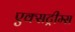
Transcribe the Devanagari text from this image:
एक्सट्रीम्स